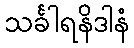
သင်္ခါရနိဒါနံ